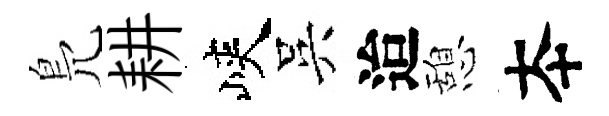
鳬耕峽吳迨憩夲